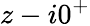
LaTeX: z-i0^{+}